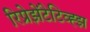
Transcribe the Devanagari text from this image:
रिप्रेझेंटेटिव्ह्झ